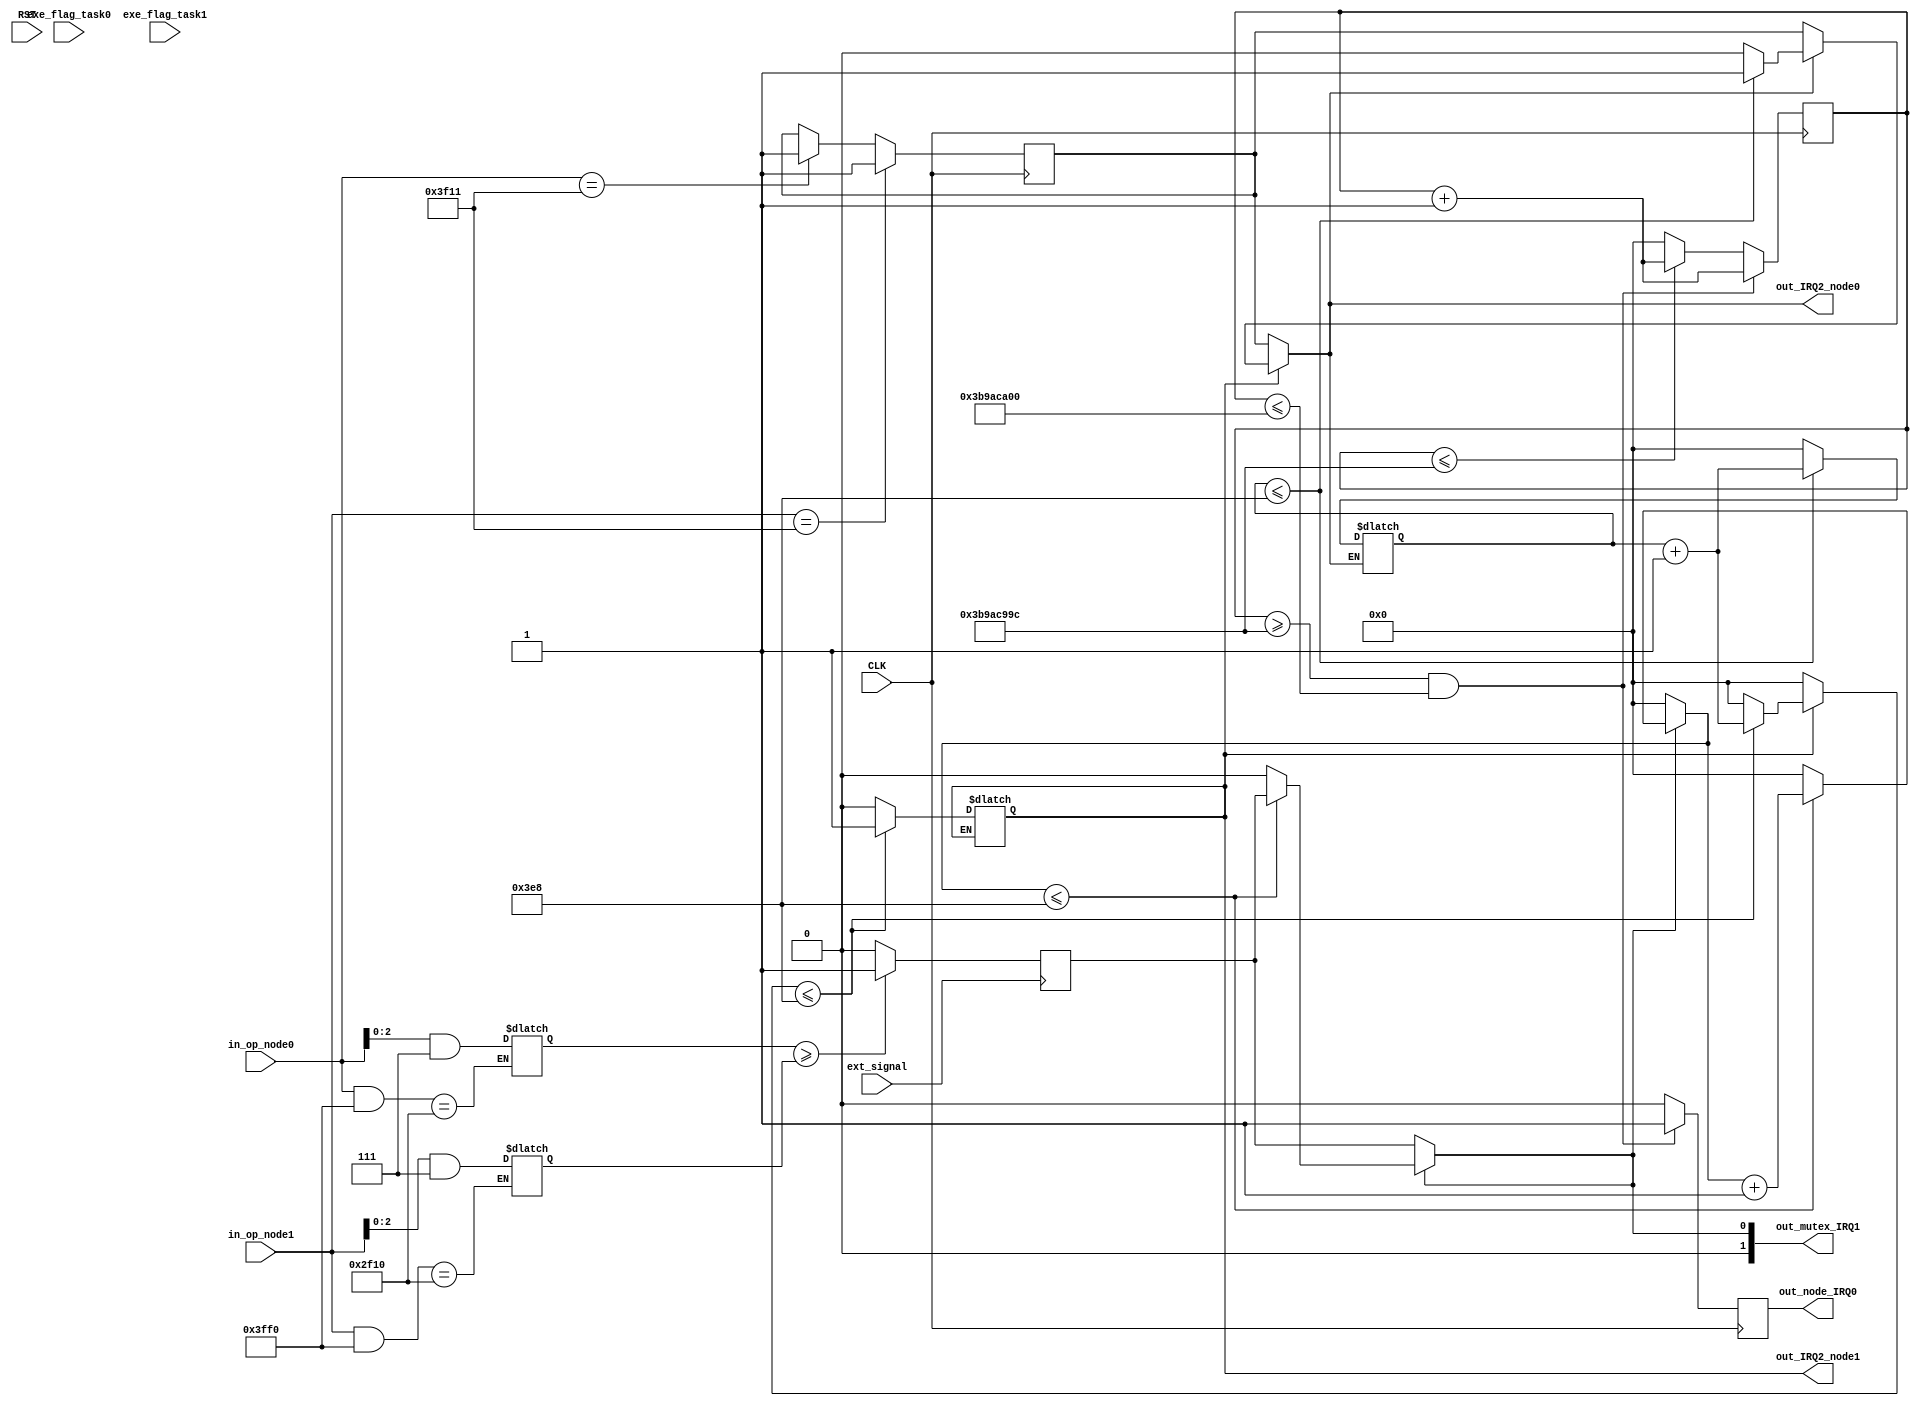
module ESPIC(
		input wire CLK,
		input RST,
		input wire ext_signal,
		input [15:0] in_op_node0,
		input [15:0] in_op_node1,
		input [1:0] exe_flag_task0,
		input [1:0] exe_flag_task1,
		output wire out_node_IRQ0,
		output wire [1:0] out_mutex_IRQ1,
		output wire out_IRQ2_node0,
		output wire out_IRQ2_node1
		);
		
		
		reg [2:0] priority_IRQ1_node0 = 2;
		reg [2:0] priority_IRQ1_node1 = 4;
		
		reg [31:0] counter_IRQ0;
		reg [31:0] counter_IRQ1;
		reg [31:0] counter_IRQ2_node0;
		reg [31:0] counter_IRQ2_node1;
		reg [1:0] next_out_IRQ1 = 0;
		reg next_out_IRQ2_0 = 0;
		reg next_out_IRQ2_1 = 0;
		
		initial counter_IRQ0       = 0;
		initial counter_IRQ1       = 0;
		initial counter_IRQ2_node0 = 0;
		initial counter_IRQ2_node1 = 0;
		
		reg out_IRQ0;
		reg out_IRQ1;
		reg out_IRQ2_0;
		reg out_IRQ2_1;
		
		

	// -----------------------------------------
	//
	// IRQ0 : Send a 1 ms signal every 5000 ms 
	//
	// -----------------------------------------
	
		always @(posedge CLK) begin
		
			if((counter_IRQ0 >= 999999900) && (counter_IRQ0 <= 1000000000) )  begin
				counter_IRQ0 <= counter_IRQ0 + 1;
				out_IRQ0 = 1;
			end
			else if(counter_IRQ0 <= 999999900) begin
				counter_IRQ0 <= counter_IRQ0 + 1;
				out_IRQ0 <= 0;		
			end 
			else begin
				counter_IRQ0 <= 0;
				out_IRQ0 <= 0;
			end		
			
		end 
		
		
	// -----------------------------------------
	//
	// IRQ1 : Scheduled external signal bound
	//
	// -----------------------------------------	
		
		always @(posedge ext_signal) begin
		
			if(priority_IRQ1_node0 >= priority_IRQ1_node1) begin
				next_out_IRQ1 <= 2'b01;
			end 
			else begin
				next_out_IRQ1 <= 2'b10;
			end
		
		end
		
		always @(CLK) begin 
		
			case(out_IRQ1) 
					
				2'b01 : begin 				
					if(counter_IRQ1 <= 1000) begin 
						out_IRQ1 <= next_out_IRQ1;
						counter_IRQ1 <= counter_IRQ1 + 1;
					end else begin
						out_IRQ1 <= 0;
						counter_IRQ1 <= 0;
					end
				end
					
				2'b10 : begin 
					
					if(counter_IRQ1 <= 1000) begin 
						out_IRQ1 <= next_out_IRQ1;
						counter_IRQ1 <= counter_IRQ1 + 1;
					end else begin
						out_IRQ1 <= 0;
						counter_IRQ1 <= 0;
					end
				end
				
				default : begin
					
					counter_IRQ1 <= 0;
					out_IRQ1 <= next_out_IRQ1;
						
				end
				
			endcase	
			
		end
		
		
		
		always @(*) begin 
		
			if((in_op_node0 & 16'b0011111111110000) == 16'b0010111100010000 )  begin
				priority_IRQ1_node0 <= in_op_node0 & 16'b0000000000001111;
			end
		
		end
		
		
		always @(*) begin 
		
			if((in_op_node1 & 16'b0011111111110000) == 16'b0010111100010000 )  begin
				priority_IRQ1_node1 <= in_op_node1 & 16'b0000000000001111;
			end
		
		end
	

		
	// -----------------------------------------
	//
	// IRQ2 : Command-rised memory bound
	//
	// -----------------------------------------
	
		always @(posedge CLK) begin
		
			case(in_op_node0)
			
				16'b0011111100010001 : begin 
					next_out_IRQ2_0 <= 1;
				end
				
				16'b0011111100010010 : begin 
					next_out_IRQ2_1 <= 1;
				end
				
			endcase

		
			case(in_op_node1)
			
				16'b0011111100010001 : begin 
					next_out_IRQ2_0 <= 1;
				end
				
				16'b0011111100010010 : begin 
					next_out_IRQ2_1 <= 1;
				end
				
			endcase
	
		end
		
		always @(CLK) begin 
		
			if(out_IRQ2_0) begin
				if(counter_IRQ2_node0 <= 1000) begin 
						out_IRQ2_0 <= 1;
						counter_IRQ2_node0 <= counter_IRQ2_node0 +1;
				end else begin
					out_IRQ2_0 <= 0;
					counter_IRQ2_node0 <= 0;
				end
			end
			else begin 
				out_IRQ2_0 <= next_out_IRQ2_0;
				counter_IRQ2_node1 <= 0;
			end

		
			if(out_IRQ2_1) begin
				if(counter_IRQ2_node1 <= 1000) begin 
						out_IRQ2_1 <= 1;
						counter_IRQ2_node1 <= counter_IRQ2_node0 +1;
				end else begin
					out_IRQ2_1 <= 0;
					counter_IRQ2_node1 <= 0;
				end
			end
			else begin 
				out_IRQ2_0 <= next_out_IRQ2_0;
				counter_IRQ2_node1 <= 0;
			end
		end

		assign out_node_IRQ0 = out_IRQ0;
		assign out_mutex_IRQ1 = out_IRQ1;
		assign out_IRQ2_node0= out_IRQ2_0;
		assign out_IRQ2_node1= out_IRQ2_1;
		
endmodule